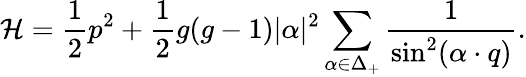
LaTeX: {\cal H}={\frac{1}{2}}p^{2}+{\frac{1}{2}}g(g-1)|\alpha|^{2}\sum_{\alpha\in\Delta_{+}}{\frac{1}{\sin^{2}(\alpha\cdot q)}}.